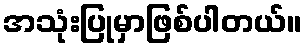
အသုံးပြုမှာဖြစ်ပါတယ်။